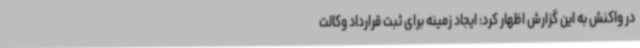
در واکنش به این گزارش اظهار کرد: ایجاد زمینه برای ثبت قرارداد وکالت